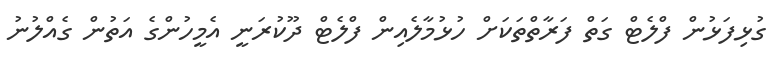
ގުޅިފަޅުން ފްލެޓް ގަތް ފަރާތްތަކަށް ހުޅުމާލެއިން ފްލެޓް ދޫކުރަނީ އެމީހުންގެ އަތުން ގެއްލުނު